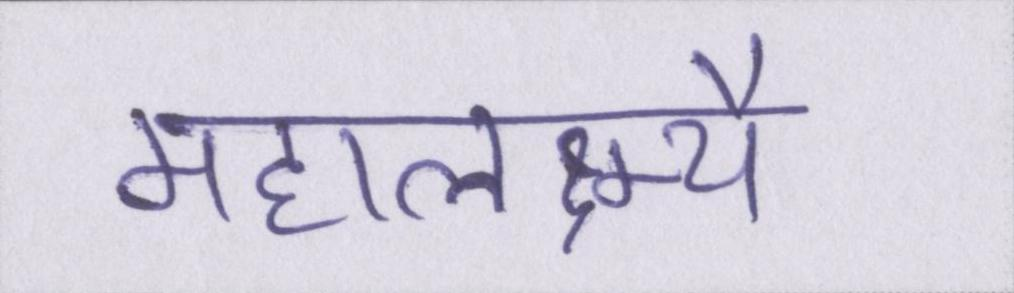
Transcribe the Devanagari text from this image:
महालक्ष्म्यै